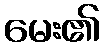
မေး၏